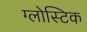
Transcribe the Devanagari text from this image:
ग्लोस्टिक